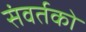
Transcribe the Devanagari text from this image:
संवर्तको